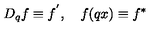
D _ { q } f \equiv f ^ { ^ { \prime } } , \quad f ( q x ) \equiv f ^ { \ast }